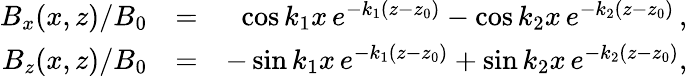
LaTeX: \begin{array}{rlr}{B_{x}(x,z)/B_{0}}&{=}&{\cos k_{1}x\, e^{-k_{1}(z-z_{0})}-\cos k_{2}x\, e^{-k_{2}(z-z_{0})}\, ,}\\ {B_{z}(x,z)/B_{0}}&{=}&{-\sin k_{1}x\, e^{-k_{1}(z-z_{0})}+\sin k_{2}x\, e^{-k_{2}(z-z_{0})},}\end{array}